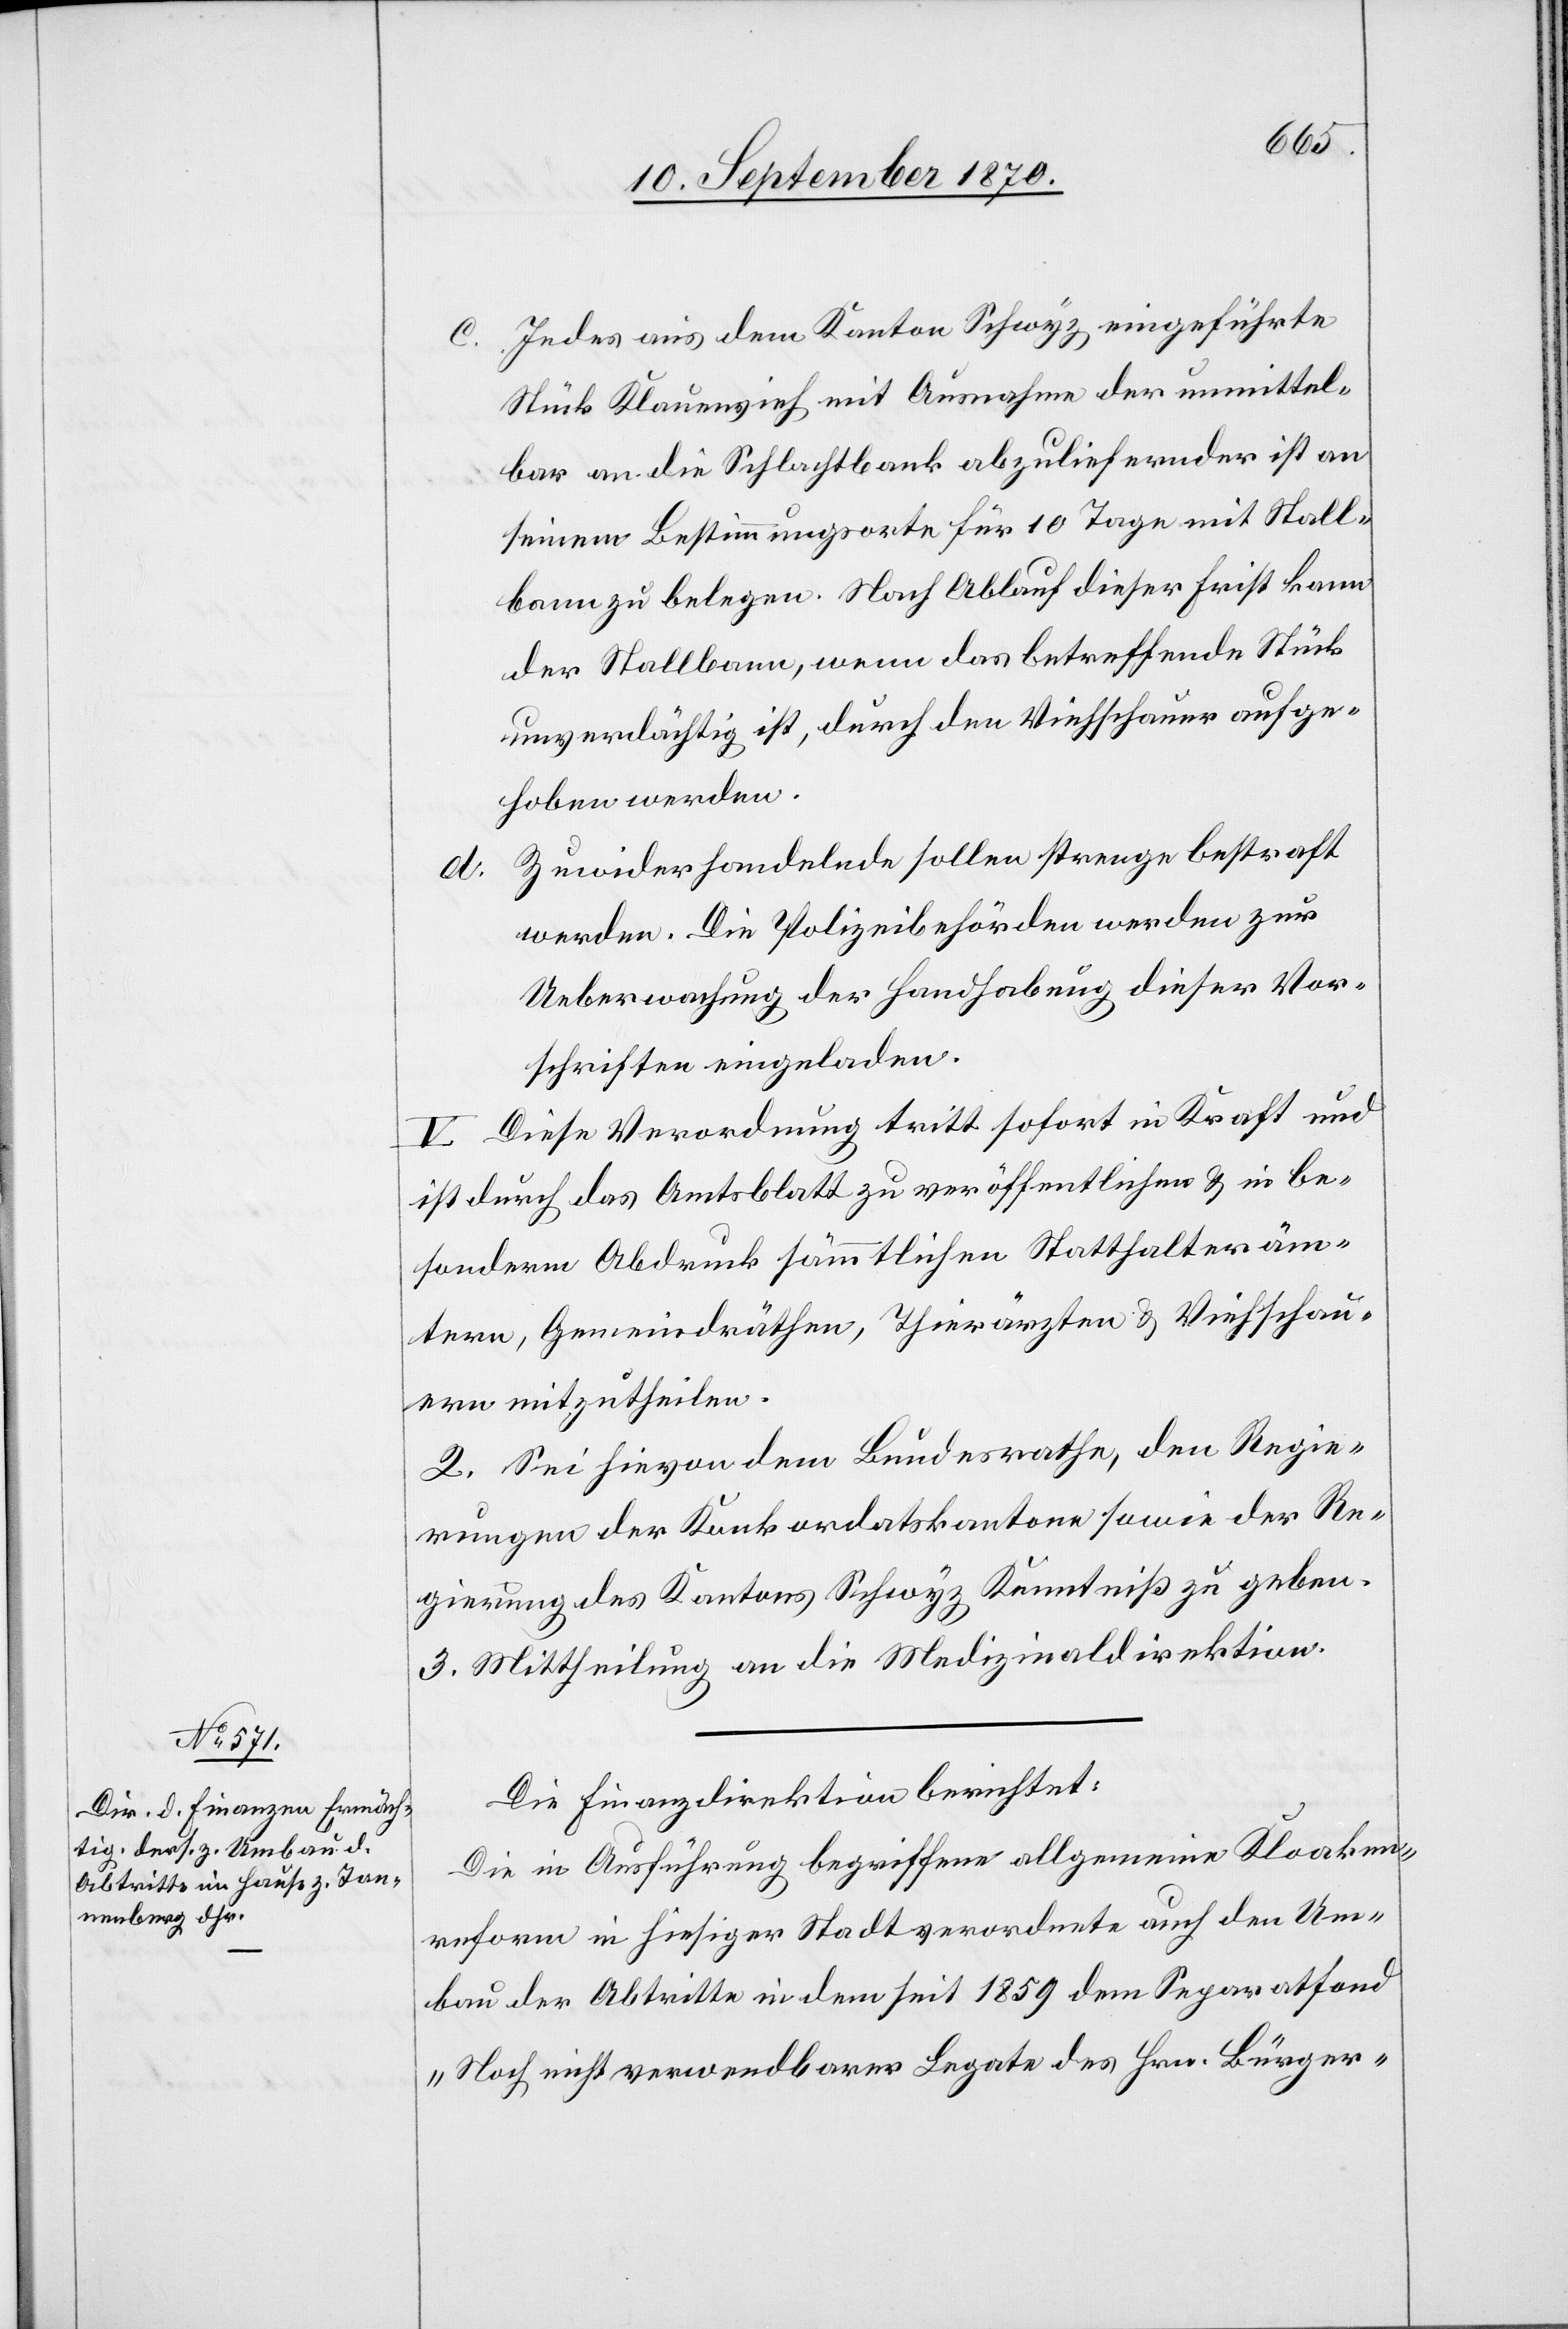
c. Jedes aus dem Kanton Schwyz eingeführte
Stück Kleinvieh mit Ausnahme der unmittel¬
bar an die Schlachtbank abzuliefernden ist an
seinem Bestimmungsorte für 10 Tage mit Stall¬
bann zu belegen. Nach Ablauf dieser Frist kann
der Stallbann, wenn das betreffende Stück
unverdächtig ist, durch den Viehschauer aufge¬
hoben werden.
Zuwiderhandelnde sollen strenge bestraft
werden. Die Polizeibehörden werden zur
Ueberwachung der Handhabung dieser Vor¬
schriften eingeladen.
V. Diese Verordnung tritt sofort in Kraft und
ist durch das Amtsblatt zu veröffentlichen & in be¬
sonderm Abdruck sämmtlichen Statthalteräm¬
tern, Gemeindräthen, Thierärzten & Viehschau¬
ern mitzutheilen.
2. Sei hievon dem Bundesrathe, den Regie¬
rungen der Konkordatskantone sowie der Re¬
gierung des Kantons Schwyz Kenntniß zu geben.
3. Mittheilung an die Medizinaldirektion.
Die Finanzdirektion berichtet:
Die in Ausführung begriffene allgemeine Kloaken¬
reform in hiesiger Stadt verordnete auch den Um¬
bau der Abtritte in dem seit 1859 dem Separatfond
„Noch nicht verwendbarer Legate des Hrn. Bürger-